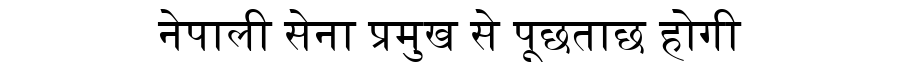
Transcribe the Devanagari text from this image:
नेपाली सेना प्रमुख से पूछताछ होगी